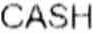
CASH